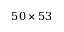
5 0 \times 5 3